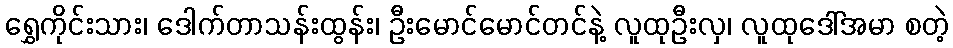
ရွှေကိုင်းသား၊ ဒေါက်တာသန်းထွန်း၊ ဦးမောင်မောင်တင်နဲ့ လူထုဦးလှ၊ လူထုဒေါ်အမာ စတဲ့